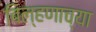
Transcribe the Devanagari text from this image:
बिल्हणाच्या